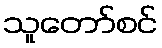
သူတော်စင်